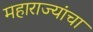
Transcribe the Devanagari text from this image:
महाराज्यांचा